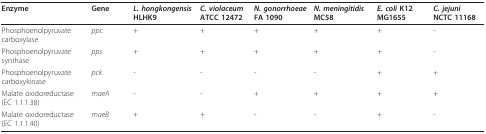
<table><thead><tr><td><b>Enzyme</b></td><td><b>Gene</b></td><td><b><i>L. hongkongensis </i>HLHK9</b></td><td><b><i>C. violaceum </i>ATCC 12472</b></td><td><b><i>N. gonorrhoeae</i>FA 1090</b></td><td><b><i>N. meningitidis</i>MC58</b></td><td><b><i>E. coli </i>K12MG1655</b></td><td><b><i>C. jejuni</i>NCTC 11168</b></td></tr></thead><tbody><tr><td>Phosphoenolpyruvate carboxylase</td><td><i>ppc</i></td><td>+</td><td>+</td><td>+</td><td>+</td><td>+</td><td>-</td></tr><tr><td>Phosphoenolpyruvate synthase</td><td><i>pps</i></td><td>+</td><td>+</td><td>+</td><td>+</td><td>+</td><td>-</td></tr><tr><td>Phosphoenolpyruvate carboxykinase</td><td><i>pck</i></td><td>-</td><td>-</td><td>-</td><td>-</td><td>+</td><td>+</td></tr><tr><td>Malate oxidoreductase (EC 1.1.1.38)</td><td><i>maeA</i></td><td>-</td><td>-</td><td>+</td><td>+</td><td>+</td><td>+</td></tr><tr><td>Malate oxidoreductase (EC 1.1.1.40)</td><td><i>maeB</i></td><td>+</td><td>+</td><td>-</td><td>-</td><td>+</td><td>-</td></tr></tbody></table>